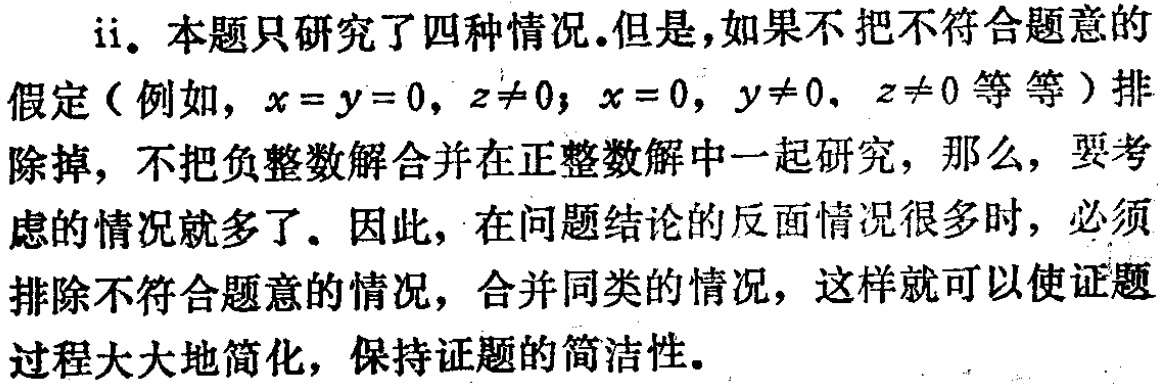
ii. 本题只研究了四种情况.但是，如果不把不符合题意的假定（例如，\(x = y = 0, z\neq0\); \(x = 0, y\neq0, z\neq0\) 等等）排除掉，不把负整数解合并在正整数解中一起研究，那么，要考虑的情况就多了. 因此，在问题结论的反面情况很多时，必须排除不符合题意的情况，合并同类的情况，这样就可以使证题过程大大地简化，保持证题的简洁性.